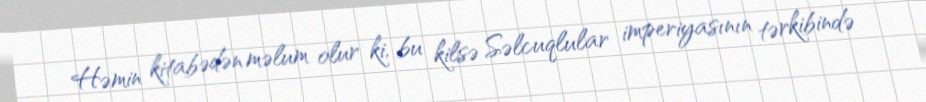
Həmin kitabədən məlum olur ki, bu kilsə Səlcuqlular imperiyasının tərkibində